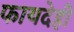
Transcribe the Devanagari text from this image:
फायदेही